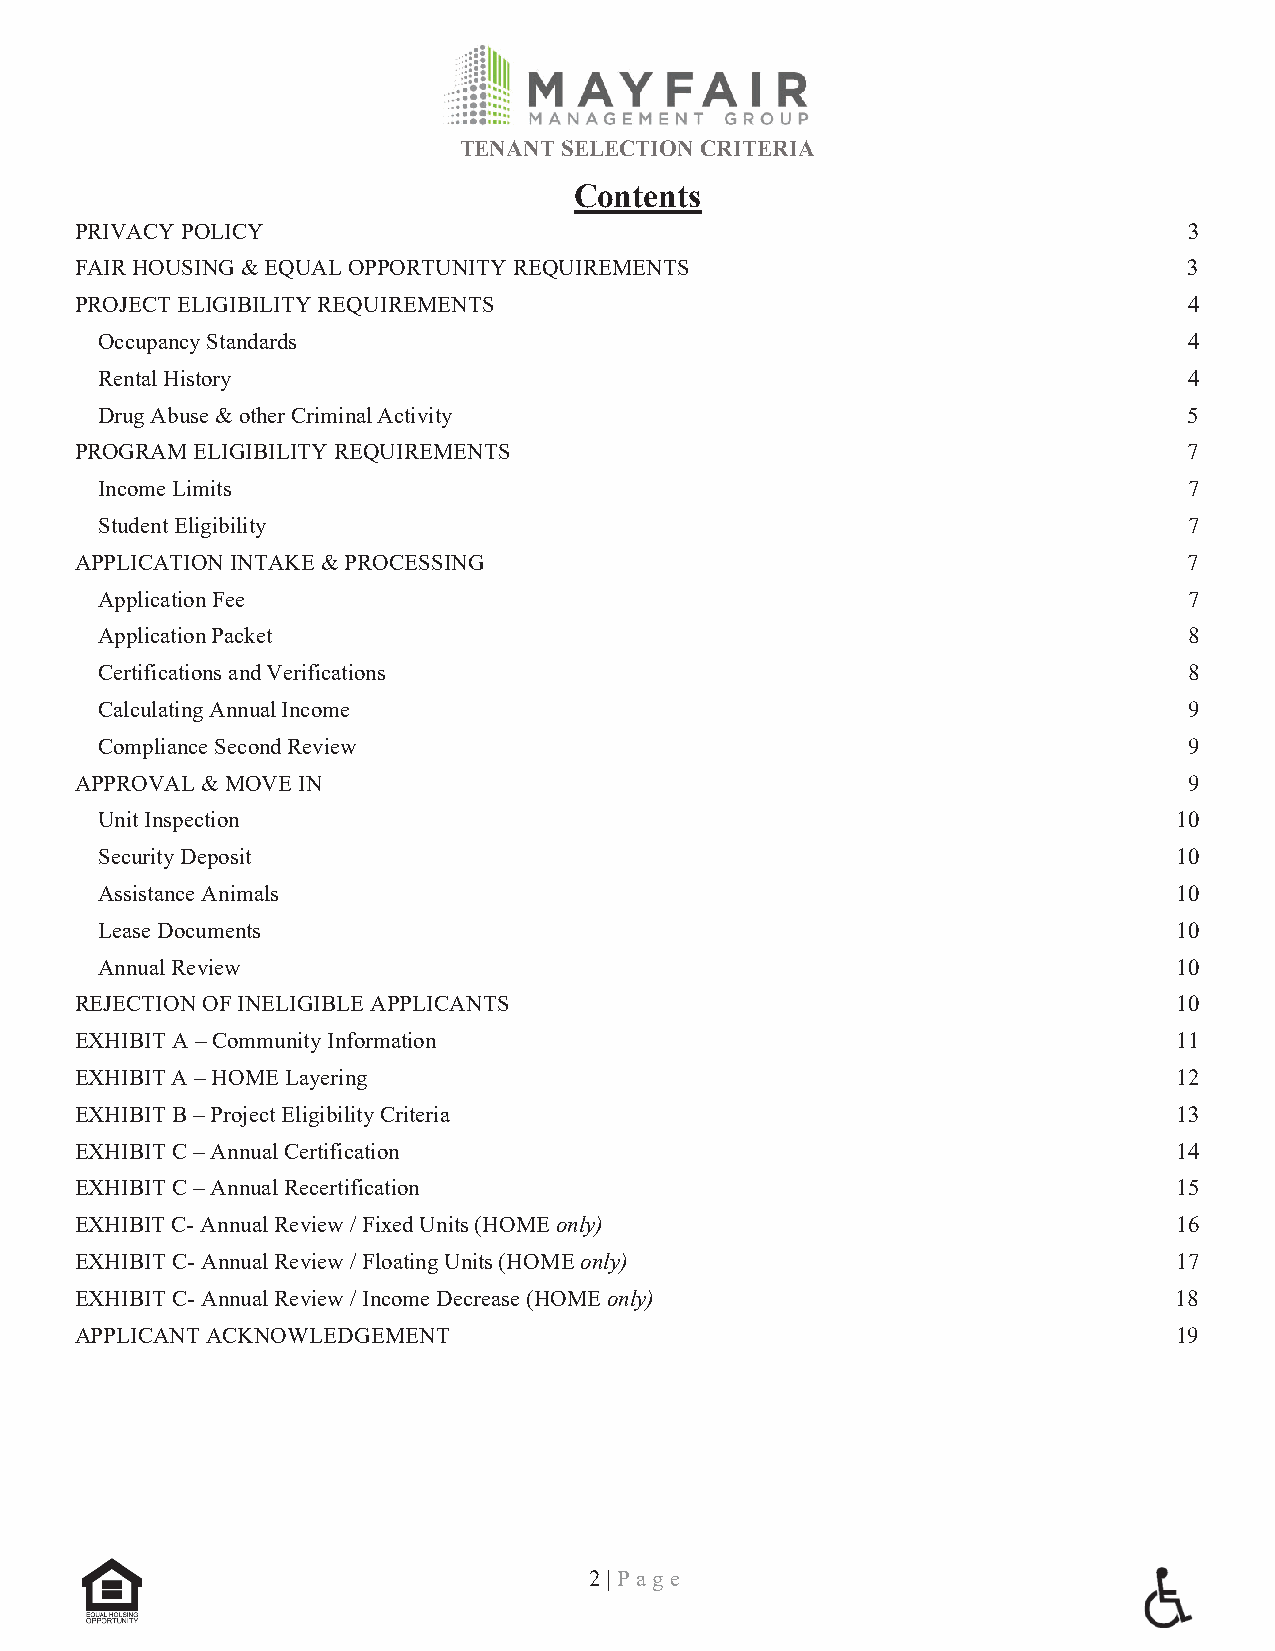
TENANT SELECTION CRITERIA
 Contents
 PRIVACY POLICY                                                            3
 FAIR HOUSING & EQUAL OPPORTUNITY REQUIREMENTS                             3
 PROJECT ELIGIBILITY REQUIREMENTS                                          4
 Occupancy Standards                                                      4
 Rental History                                                           4
 Drug Abuse & other Criminal Activity                                     5
 PROGRAM ELIGIBILITY REQUIREMENTS                                          7
 Income Limits                                                            7
 Student Eligibility                                                      7
 APPLICATION INTAKE & PROCESSING                                           7
 Application Fee                                                          7
 Application Packet                                                       8
 Certifications and Verifications                                         8
 Calculating Annual Income                                                9
 Compliance Second Review                                                 9
 APPROVAL & MOVE IN                                                        9
 Unit Inspection                                                         10
 Security Deposit                                                        10
 Assistance Animals                                                      10
 Lease Documents                                                         10
 Annual Review                                                           10
 REJECTION OF INELIGIBLE APPLICANTS                                       10
 EXHIBIT A – Community Information                                        11
 EXHIBIT A – HOME Layering                                                12
 EXHIBIT B – Project Eligibility Criteria                                 13
 EXHIBIT C – Annual Certification                                         14
 EXHIBIT C – Annual Recertification                                       15
 EXHIBIT C- Annual Review / Fixed Units (HOME only)                       16
 EXHIBIT C- Annual Review / Floating Units (HOME only)                    17
 EXHIBIT C- Annual Review / Income Decrease (HOME only)                   18
 APPLICANT ACKNOWLEDGEMENT                                                19
 2 | P a g e